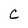
Character: C